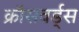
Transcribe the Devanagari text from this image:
क्रॉसवर्ड्स